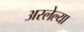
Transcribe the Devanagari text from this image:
अस्लेल्या